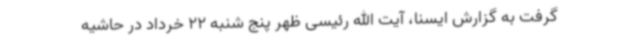
گرفت به گزارش ایسنا، آیت الله رئیسی ظهر پنج شنبه 22 خرداد در حاشیه